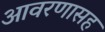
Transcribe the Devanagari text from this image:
आवरणासह